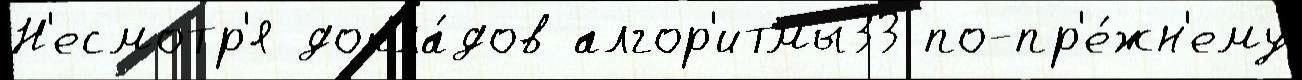
Н'есмотр'я докла́дов алгор'итмы33 по-пр'е́жн'ему